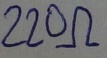
Text: 220Ω